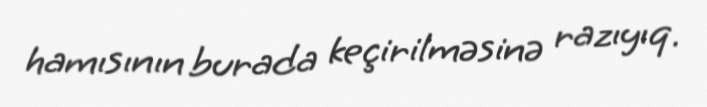
hamısının burada keçirilməsinə razıyıq.